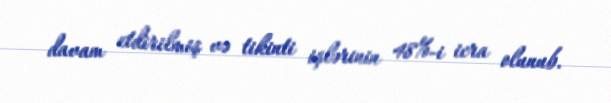
davam etdirilmiş və tikinti işlərinin 48%-i icra olunub.